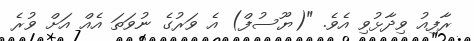
ރާފިއު ވިދާޅުވި އެވެ. "(ޔޫސުފް) އެ ވަރުގެ ނުވަތަ އެއް އަށް ވުރެ